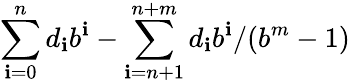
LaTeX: \sum_{\mathbf{i}=0}^{n}d_{\mathbf{i}}b^{\mathbf{i}}-\sum_{\mathbf{i}=n+1}^{n+m}d_{\mathbf{i}}b^{\mathbf{i}}/(b^{m}-1)